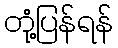
တုံ့ပြန်ရန်